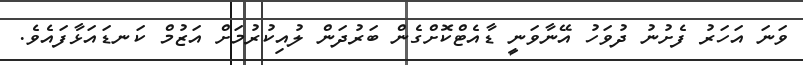
ވަނަ އަހަރު ފެށުނު ދުވަހު އޭނާވަނީ ޑާއެޓްކޮށްގެން ބަރުދަން ލުއިކުރުމަށް އަޒުމް ކަނޑައަޅާފައެވެ.